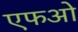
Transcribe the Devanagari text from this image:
एफओ